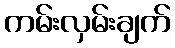
ကမ်းလှမ်းချက်